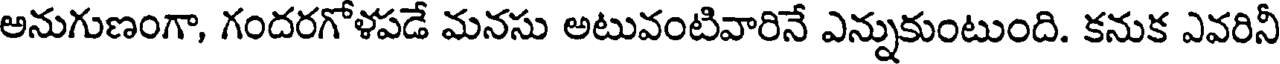
అనుగుణంగా, గందరగోళపడే మనసు అటువంటివారినే ఎన్నుకుంటుంది. కనుక ఎవరినీ